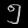
Digit: ၅